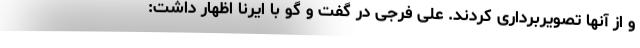
و از آنها تصویربرداری کردند. علی فرجی در گفت و گو با ایرنا اظهار داشت: